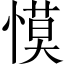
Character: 慔